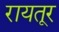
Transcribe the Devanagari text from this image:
रायतूर